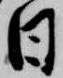
日